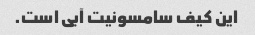
این کیف سامسونیت آبی است.